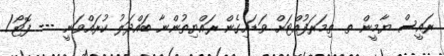
ރައީސް ޔާމީން ތ. ތިމަރަފުއްޓަށް ވަޑައިގެން ރައްޔިތުންނާ ބައްދަލު ކުރައްވަނީ --- ފޮޓޯ/